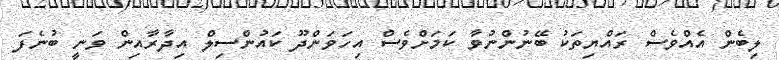
ލިބެން އެއްވެސް ރައްޔިތަކު ބޭނުންނުވާ ކަމަށްވެސް އިހަވަންދޫ ކައުންސިލް އިދާރާއިން ވަނީ ބުނެފަ